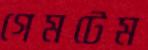
গেমটেম